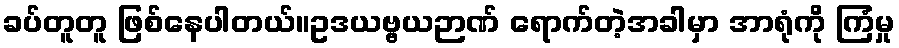
ခပ်တူတူ ဖြစ်နေပါတယ်။ဥဒယဗ္ဗယဉာဏ် ရောက်တဲ့အခါမှာ အာရုံကို ကြံမှု